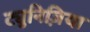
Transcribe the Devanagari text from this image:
ट्युनिज़िया